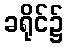
ခရိုင်၌